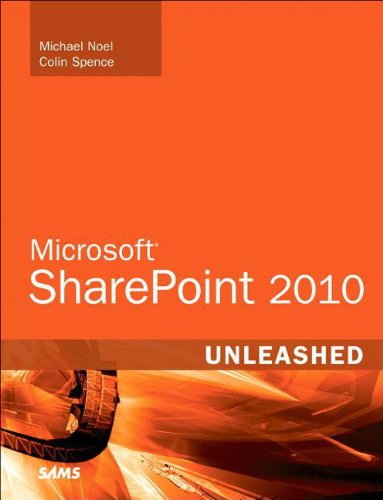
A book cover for Microsoft SharePoint 2010 Unleashed; Michael Noel; Computers & Technology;